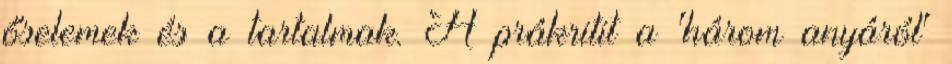
őselemek és a tartalmak. A prákritit a 'három anyáról'